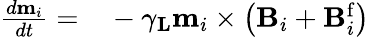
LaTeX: \begin{array}{rl}{\frac{d\mathbf{m}_{i}}{dt}=}&{{}-\gamma_{\mathbf{L}}\mathbf{m}_{i}\times\left(\mathbf{B}_{i}+\mathbf{B}_{i}^{\mathrm{f}}\right)}\end{array}